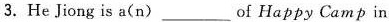
3. He Jiong is a( n ) ___ of Happy Camp in